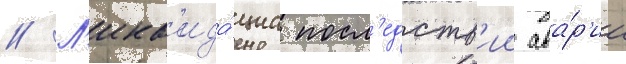
// Л'икв'ида́циа посл'едств'ии ава́р'ии